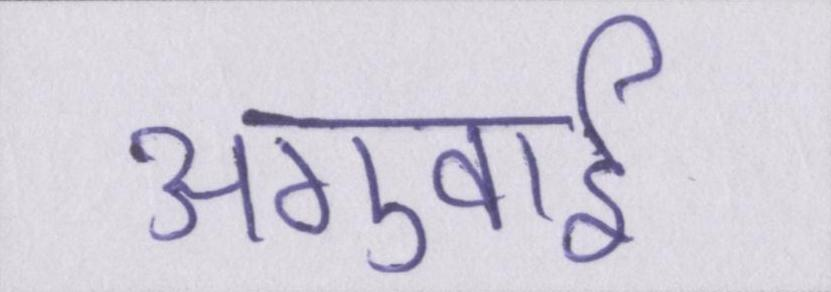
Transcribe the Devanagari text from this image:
अगुवाई